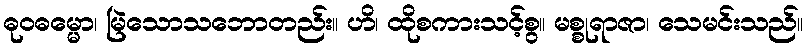
ဓုဝဓမ္မော၊ မြဲသောသဘောတည်း။ ဟိ၊ ထိုစကားသင့်စွ။ မစ္စုရာဇာ၊ သေမင်းသည်။